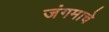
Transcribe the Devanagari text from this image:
जंगमाचे